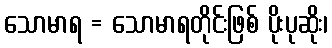
သောမာရ = သောမာရတိုင်းဖြစ် ပိုးပုဆိုး၊